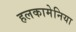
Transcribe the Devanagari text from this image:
हलकामेनिया